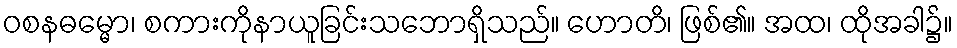
ဝစနဓမ္မော၊ စကားကိုနာယူခြင်းသဘောရှိသည်။ ဟောတိ၊ ဖြစ်၏။ အထ၊ ထိုအခါ၌။